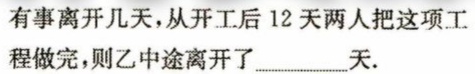
有事离开几天，从开工后12天两人把这项工程做完，则乙中途离开了__________天.